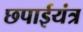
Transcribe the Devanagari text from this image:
छपाईयंत्र